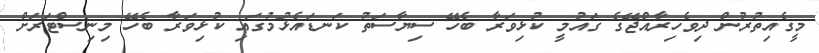
މީގެއިތުރުން ދިވެހިރާއްޖޭގެ ގައުމީ ކުޅިވަރާ ބެހޭ ސިޔާސަތު ކަނޑައެޅުމުގައި ކުޅިވަރާ ބެހޭ މިނިސްޓަރަށް